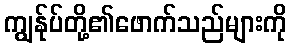
ကျွန်ုပ်တို့၏ဖောက်သည်များကို